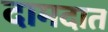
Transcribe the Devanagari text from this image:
दामदात